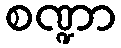
စဏ္ဍာ